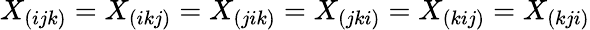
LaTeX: X_{(ijk)}=X_{(ikj)}=X_{(jik)}=X_{(jki)}=X_{(kij)}=X_{(kji)}